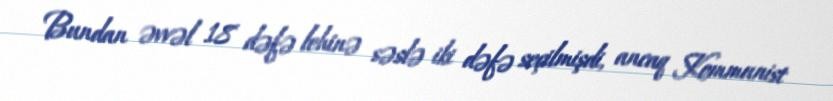
Bundan əvvəl 18 dəfə lehinə səslə iki dəfə seçilmişdi, ancaq Kommunist